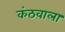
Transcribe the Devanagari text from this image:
कंठवाला